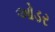
ઓડર